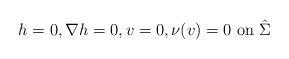
LaTeX: \begin{align*} h=0, \nabla h=0, v=0, \nu(v)=0\mbox{ on }\hat \Sigma\end{align*}